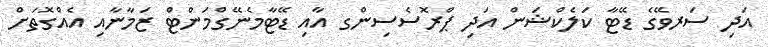
އަދި ސަރވޭގެ ޑޭޓާ ކަލެކްޝަން އަދި ޕްރޮސެސިންގ އާއި ޑޭޓާމެނޭގްމަންޓް ޒަމާނާއި އެއްގޮތަށް